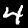
Digit: 4